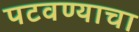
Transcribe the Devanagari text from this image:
पटवण्याचा